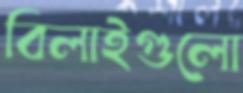
বিলাইগুলো